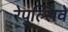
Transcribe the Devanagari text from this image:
रेपुल्सिवे